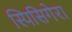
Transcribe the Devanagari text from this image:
स्पिसिगेरा